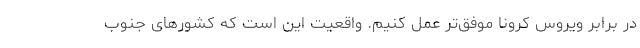
در برابر ویروس کرونا موفق‌تر عمل کنیم. واقعیت این است که کشورهای جنوب